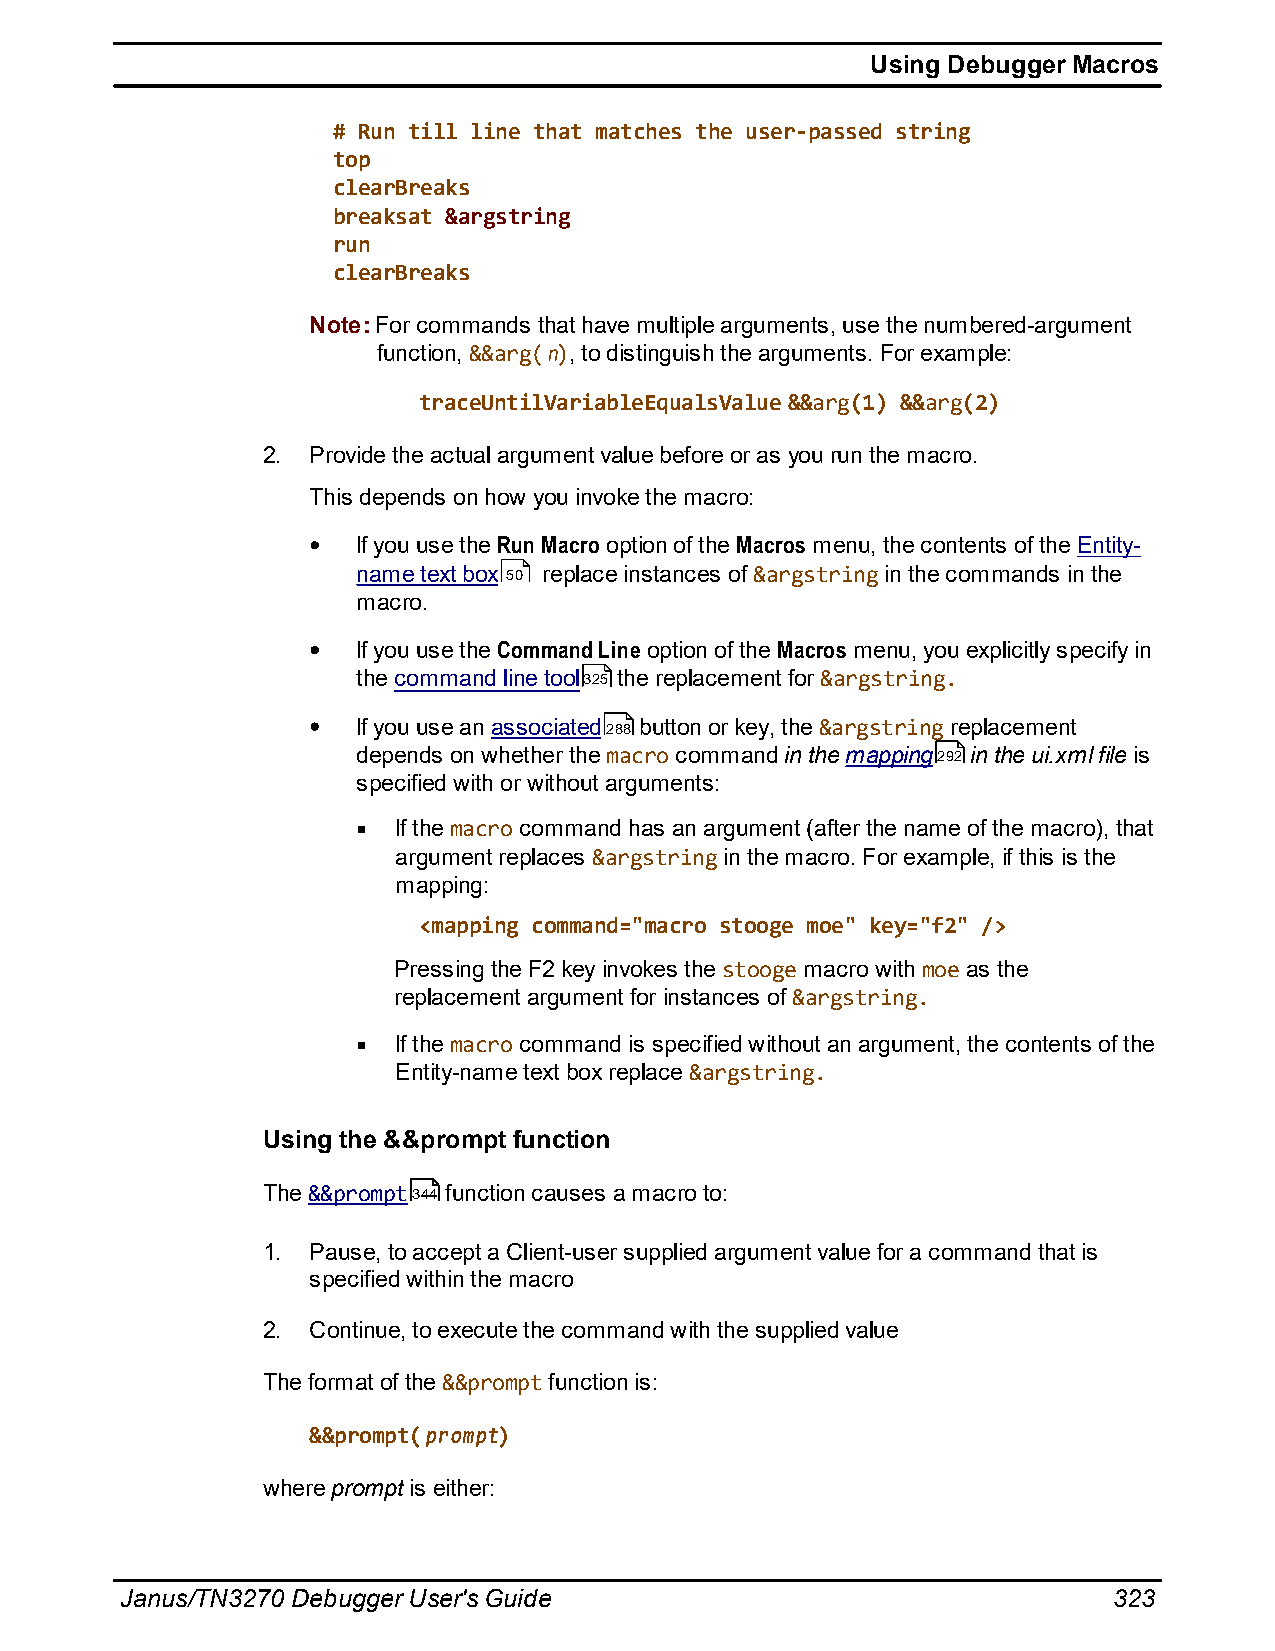
Using Debugger Macros
 # Run till line that matches the user-passed string
 top
 clearBreaks
 breaksat &argstring
 run
 clearBreaks
 Note: For commands that have multiple arguments, use the numbered-argument
 function, &&arg(n), to distinguish the arguments. For example:
 traceUntilVariableEqualsValue &&arg(1) &&arg(2)
 2. Provide the actual argument value before or as you run the macro.
 This depends on how you invoke the macro:
 If you use the Run Macro option of the Macros menu, the contents of the Entity-
 name text box 50 replace instances of &argstring in the commands in the
 macro.
 If you use the Command Line option of the Macros menu, you explicitly specify in
 the command line tool325 the replacement for &argstring.
 If you use an associated288 button or key, the &argstring replacement
 depends on whether the macro command in the mapping292 in the ui.xml file is
 specified with or without arguments:
 If the macro command has an argument (after the name of the macro), that
 argument replaces &argstring in the macro. For example, if this is the
 mapping:
 <mapping command="macro stooge moe" key="f2" />
 Pressing the F2 key invokes the stooge macro with moe as the
 replacement argument for instances of &argstring.
 If the macro command is specified without an argument, the contents of the
 Entity-name text box replace &argstring.
 Using the &&prompt function
 The &&prompt344 function causes a macro to:
 1. Pause, to accept a Client-user supplied argument value for a command that is
 specified within the macro
 2. Continue, to execute the command with the supplied value
 The format of the &&prompt function is:
 &&prompt(prompt)
 where prompt is either:
 Janus/TN3270 Debugger User's Guide                                323